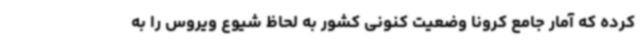
کرده که آمار جامع کرونا وضعیت کنونی کشور به لحاظ شیوع ویروس را به